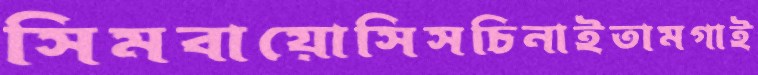
সিমবায়োসিসচিনাইতামগাই